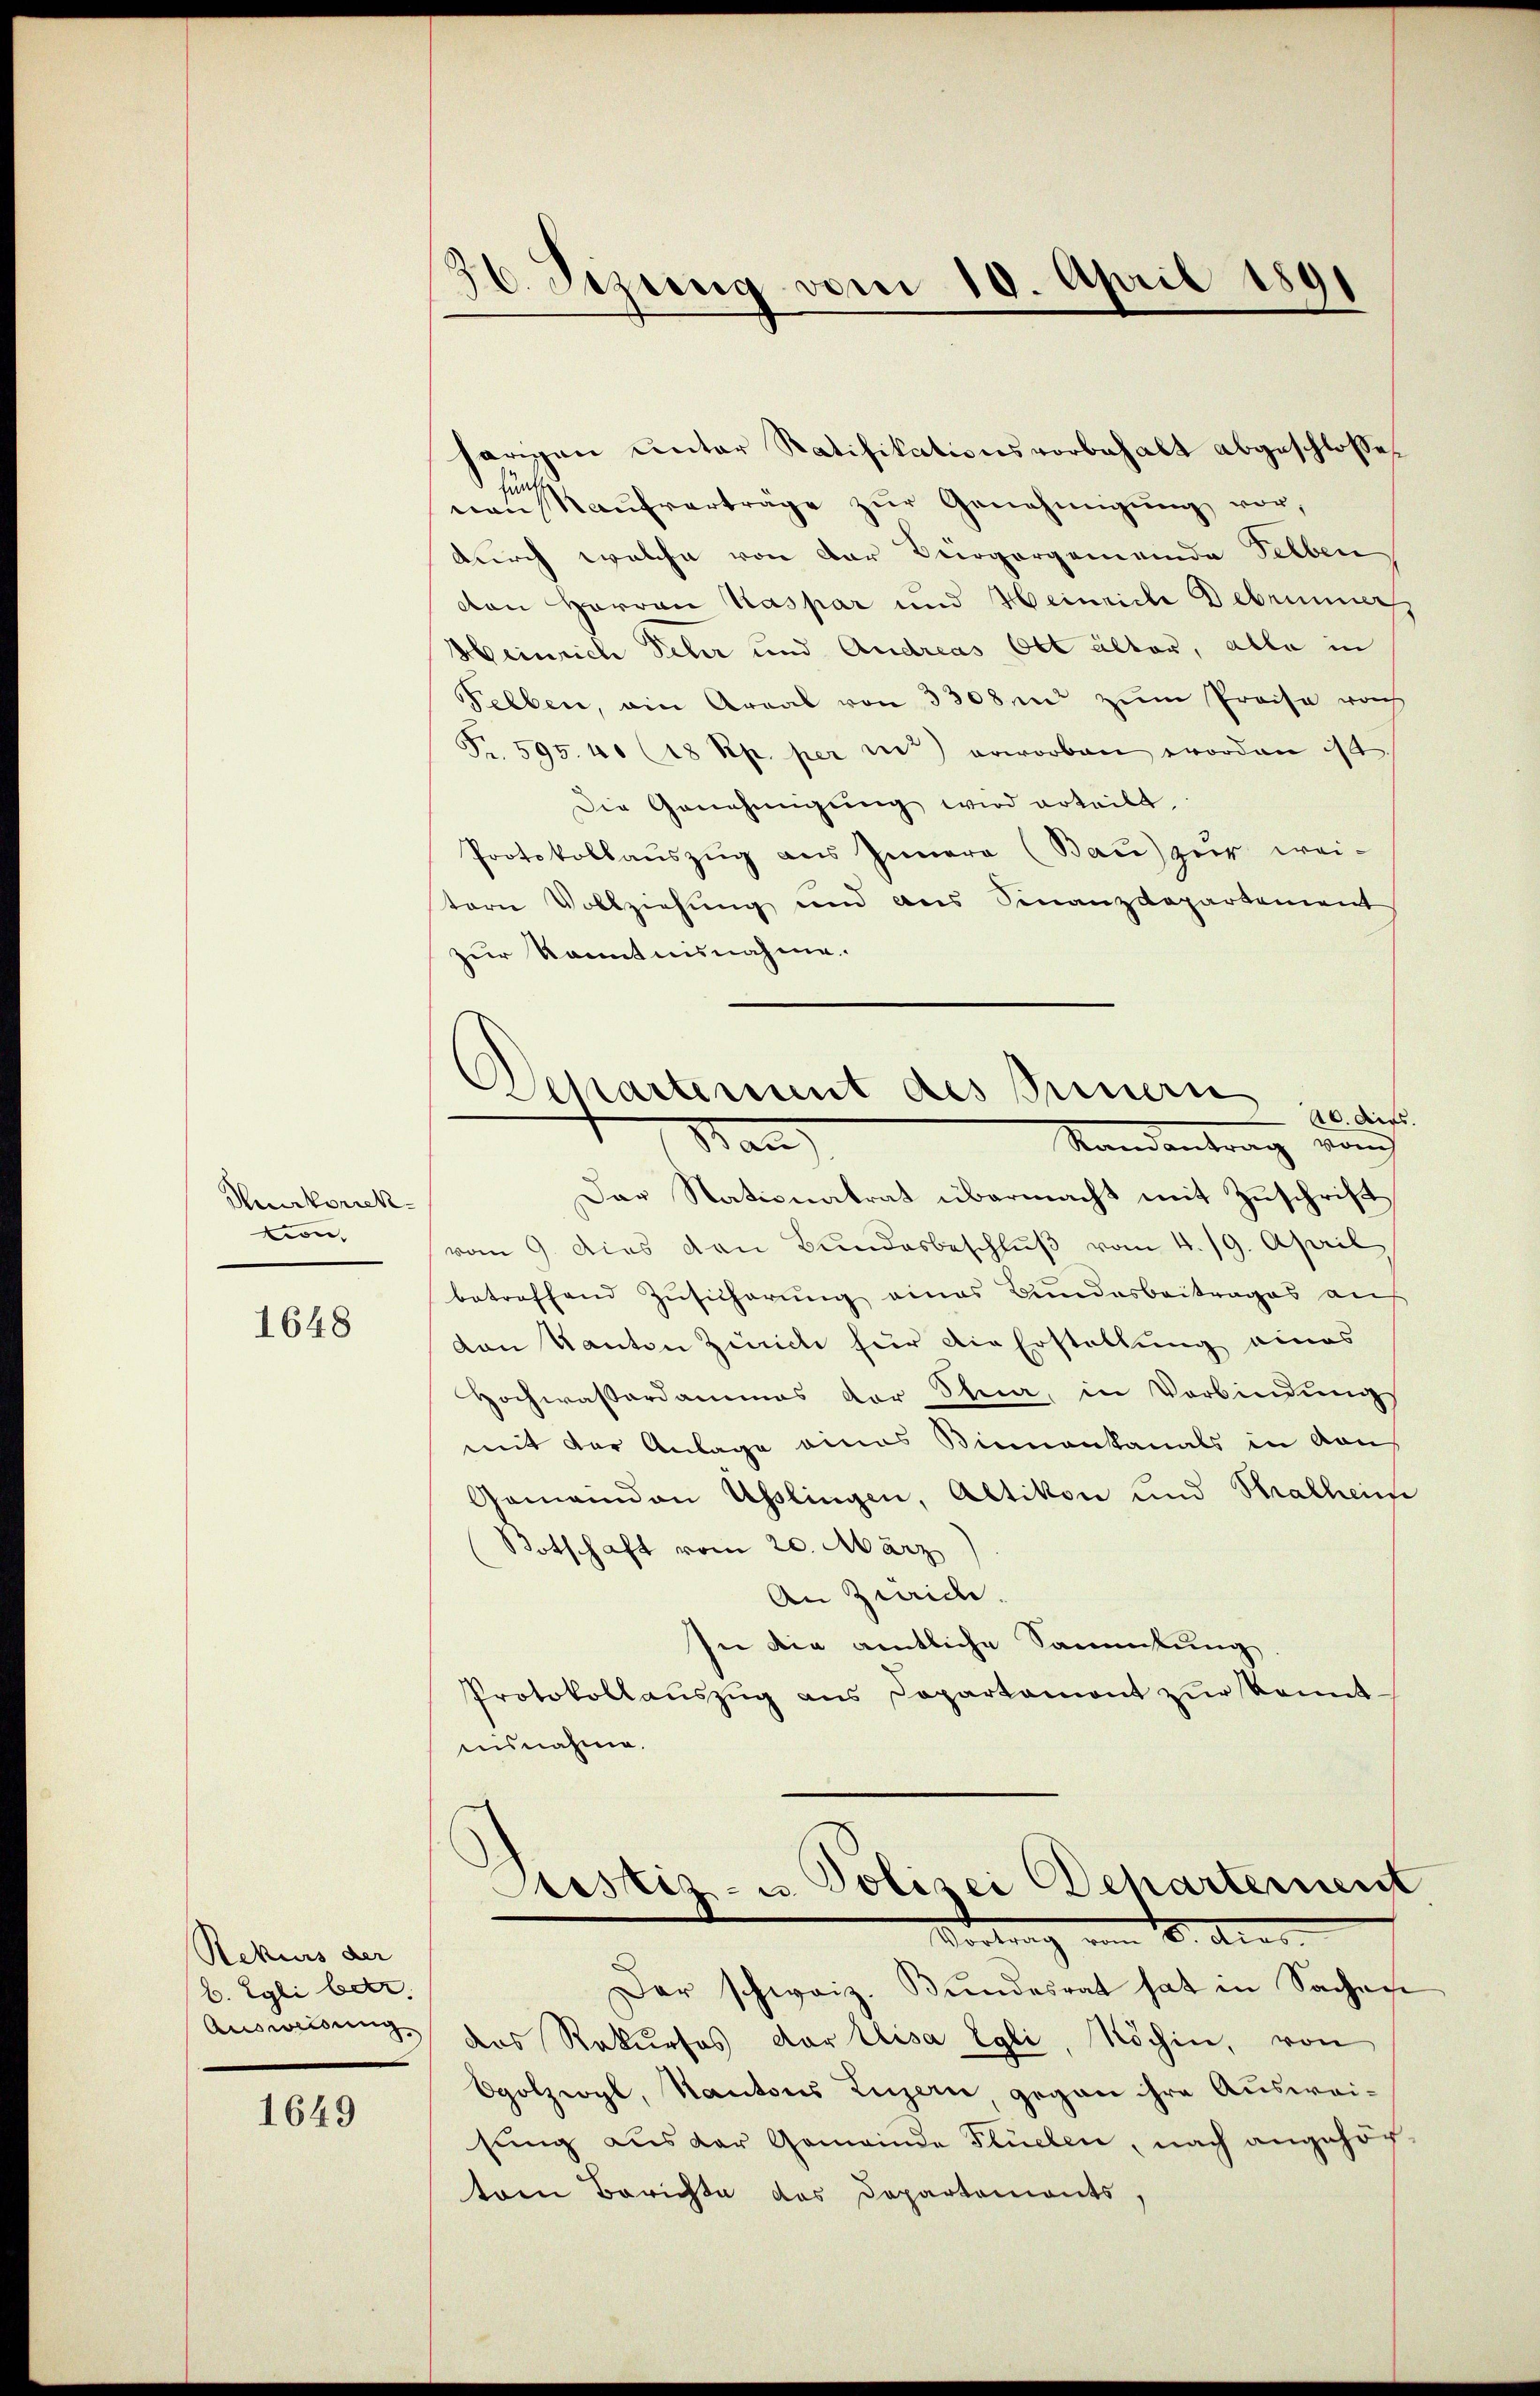
Herkorrekvon,

1648

Rekurs der
b. Egli ber

1649

36 Sezung vom 10. April 1891

herigen ŭnter Ratifikationsvorbehalt abgeschlosse
sunte
naŭ Kaŭfverträge zŭr Genehmigŭng vor,
durch welche von der Bürgergemeinde selben
von Herren Kaspar und Heinrich Debrunner
Heinrich Fehr und Andreas Ott älter, alle in
Selben, ain Areal von 3308 in zum Preise noch
Fr. 595. 41 (18 Rp. per uns) erworben worden ist
Die Genehmigŭng wird erteilt.
Protokollauszug aus Innern (Bau) zur wei-
tern Vollziehung und aus Finanzdepartement
zur Kenntnisnahme.
26. dies
Das Nationatrat übermacht mit Zuschrift,
vom 9. dies den Bundesbeschluß vom 4. 19. April
betreffend Zŭsicherŭng eines Bundesbeitrages aŭf
dan Kanton Zürich für die Erstellung eines
Hochwasserdammes der Schna, in Verbindŭngs
mit der Anlage eines Sinnenkanals in von
Gemeinden Asslingen, Altikon und Stralheim
Botschaft vom 20. März
An Zweide.
In die amtliche Sammlung
Protokollauszug aus Departamont zur konntaisnahme.
Justiz- u. Polizei Departement
Vertrag vom 8. dies
Der schweiz. Bŭndesrat hat in Sachen
Ausweisung des Rekurses der Elisa Egli, Köchin, von
Ogolzioyl, Kantons Luzern gegen ihre Ausweisung aus der Gemeinde Flüelen, nach angehörtem Berichte des Departements,

Departement des Innern
Ban
Standentrag vor